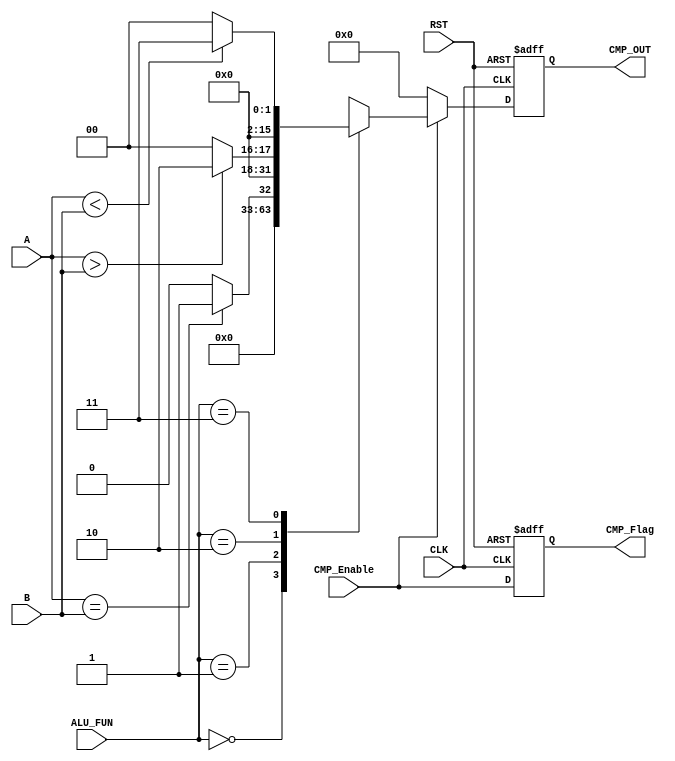
module CMP_UNIT #(parameter IN_DATA_WIDTH =16, 
                         parameter OUT_DATA_WIDTH = 16)
  (
  input   wire   [IN_DATA_WIDTH-1:0]          A,
  input   wire   [IN_DATA_WIDTH-1:0]          B,
  input   wire   [1:0]                        ALU_FUN,
  input   wire                                CLK,
  input   wire                                RST,
  input   wire                                CMP_Enable,
  output  reg    [OUT_DATA_WIDTH-1:0]         CMP_OUT,
  output  reg                                 CMP_Flag                  
  );

always @ (posedge CLK or negedge RST)
  begin
    CMP_OUT <= 'b0;
    if (!RST)
      begin
        CMP_OUT <= 'b0;
      CMP_Flag <= 1'b0; 
      end
    else
      begin
    if(CMP_Enable)
      begin
        case(ALU_FUN)
          2'b00:
          begin
          CMP_OUT <= 'b0;
          end
          2'b01:
          begin
          if (A == B) 
             CMP_OUT <= 'b1;
          else
             CMP_OUT <= 'b0;
          end
          2'b10:
          begin
          if (A > B) 
             CMP_OUT <= 'b10;
          else
             CMP_OUT <= 'b0;
          end
          2'b11:
          begin
          if (A < B) 
             CMP_OUT <= 'b11;
          else
             CMP_OUT <= 'b0;
          end
        endcase
      end
      else
        begin
          CMP_OUT <= 'b0 ;
        end
          CMP_Flag <= CMP_Enable;
      end
    end
   
endmodule